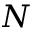
N